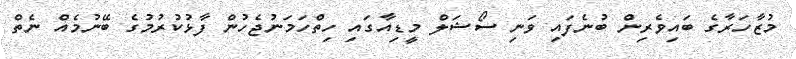
މުޒާހަރާގެ ބައިވެރިން ބުނެފައި ވަނި ސޯޝަލް މީޑިއާގައި ހިތްހަމަނުޖެހުން ފާޅުކުރުމުގެ ބޭނުމެއް ނެތް